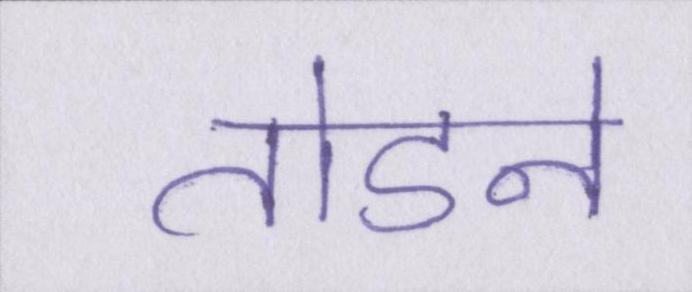
तोडने